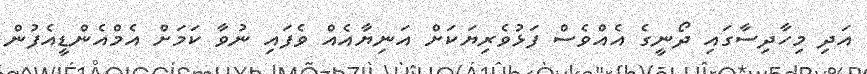
އަދި މިހާދިސާގައި ދޯނީގެ އެއްވެސް ފަޅުވެރިޔަކަށް އަނިޔާއެއް ވެފައި ނުވާ ކަމަށް އެމްއެންޑީއެފުން